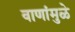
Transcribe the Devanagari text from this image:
वाणांमुळे